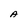
Character: A